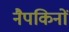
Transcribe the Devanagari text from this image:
नैपकिनों